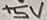
Text: +5V